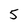
Character: 5